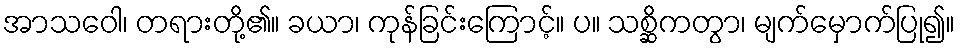
အာသဝေါ၊ တရားတို့၏။ ခယာ၊ ကုန်ခြင်းကြောင့်။ ပ။ သစ္ဆိကတွာ၊ မျက်မှောက်ပြု၍။